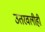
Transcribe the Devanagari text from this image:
उतरवलीही